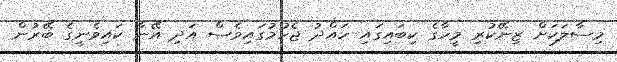
މިސާލަކަަށް ޒިނޭކުރި މީހާގެ ކިބައިގައި ހައްދު ޖެހުމުގައިވެސް އަދި އޭނާ ކައިވެނީގެ ބޭރުން